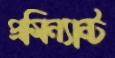
প্রমিন্যান্ট